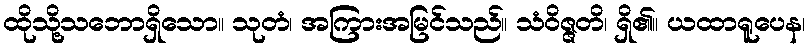
ထိုသို့သဘောရှိသော။ သုတံ၊ အကြားအမြင်သည်။ သံဝိဇ္ဇတိ၊ ရှိ၏။ ယထာရူပေန၊